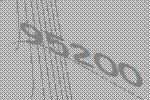
95200